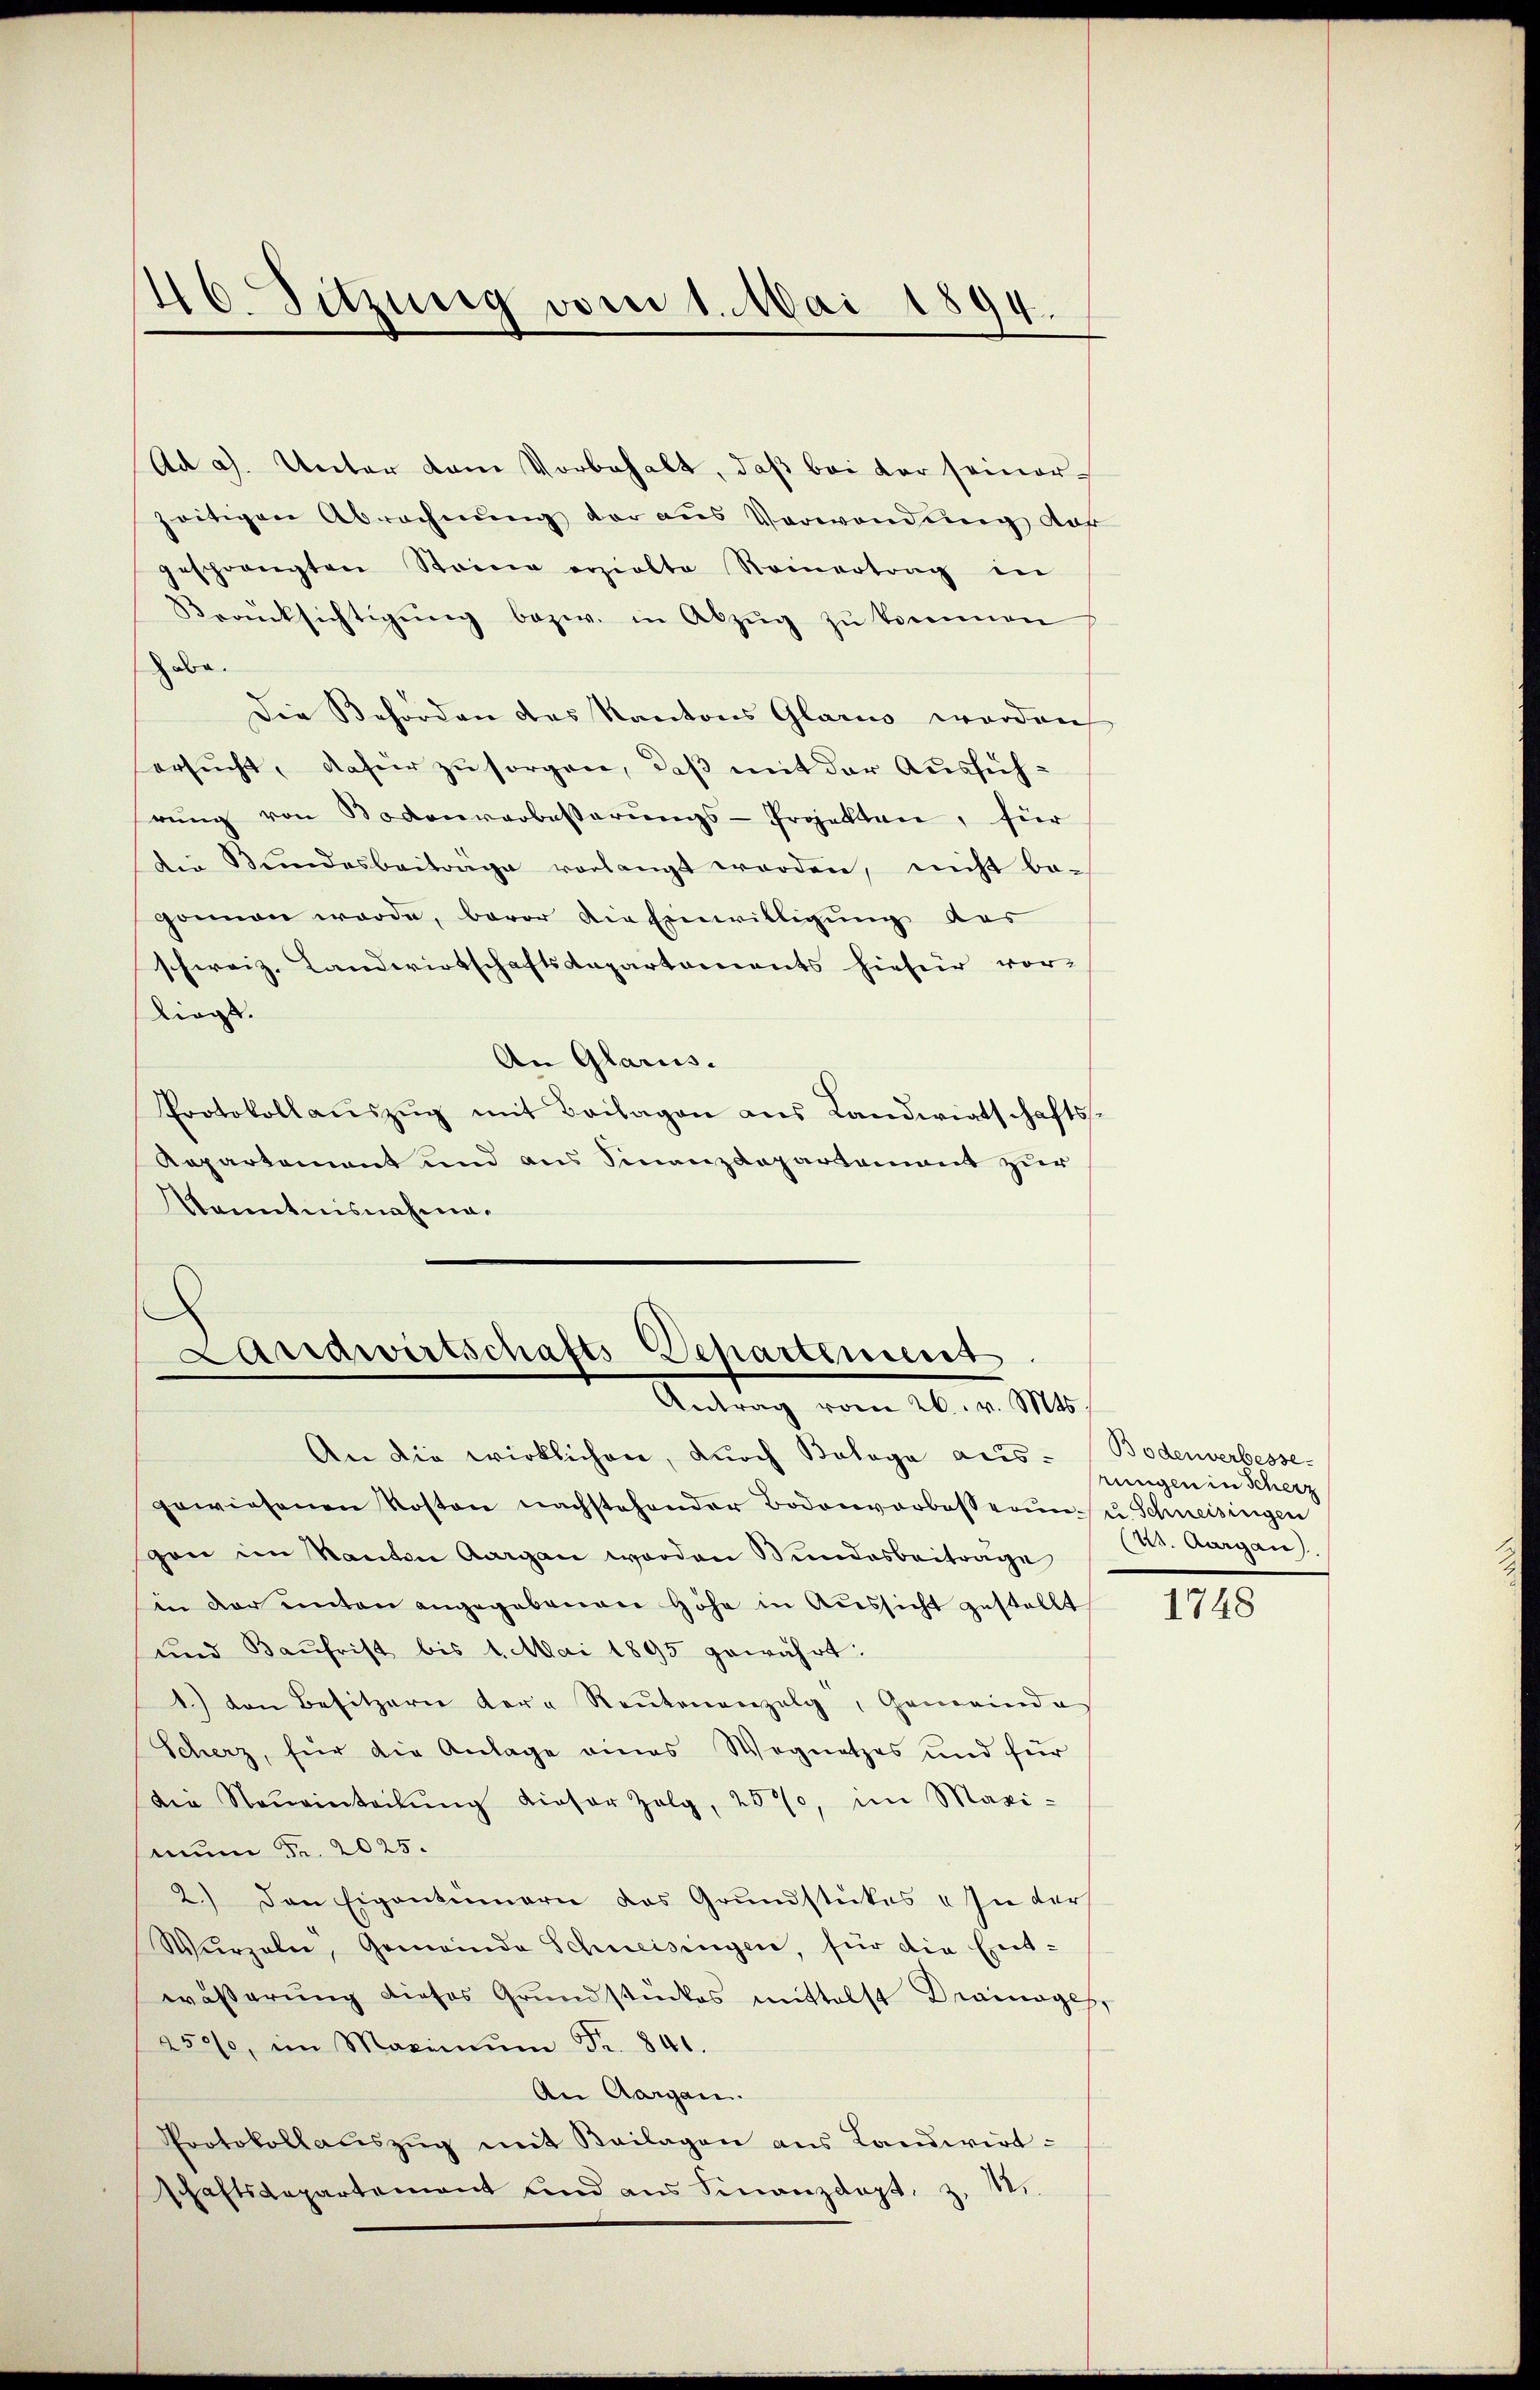
46 Sitzung vom 1. Mai 1894.

Ad a). Unter dem Vorbehalt, daß bei der seiner
zeitigen Abrechnŭng der aus Verwendung auf
geschrängten Steine erzielte Reinertrag in
Berücksichtigŭng bezw. in Abzŭg zŭ kommen
abe.
Die Beforden des Kantons Glarus werden
ersucht, dafür zu sorgen, daß mit der Ausführŭng von Bodenverbesserŭngs-Projekten, für
Die Bŭndesbeiträge verlangt worden, nicht be-
gonnen werde, bevor die Einwilligung der
schweiz. Landwirtschaftsdepartements hiefiir vor-
liegt.
An Glarus.
Protokollaŭszŭg mit Beilagen aus Landwirtschafts-
Aepartement und aus Finanzdepartement zur
Kenntnisnahma¬

Landwirtschafts-Departement
Antrag vom 26. v. Mts.

An die wirklichen, durch Bologa aus- (Bodenverbessegewiesenen Kosten nachstehender Bodenvorbesserung u. Schneisingen
gen im Kanton Aargau worden Sindesbeiträge
hin der unten angegebenen Höhe in Aussicht gestellt
und Baufrist bis 4. Mai 1895 gewährt:
1.) den Besitzern der " Reŭtenanzelg, Gemeinde
Scherz, für die Anlage eines Wegnetzes und für
die Neŭeinteilŭng dieser Zolg, 257, im Maxi-
snum Fr. 2025.
2.) Den Eigentümern das Grundstückes – In der
Wurzeln, Gemeinde Schneisingen, für die Ent-
wässerung dieses Grundstückes mittelst Drainages,
250%, im Maximŭm Fr. 841.
An Aargau.
Protokollaŭszŭg mit Beilagen ans Landwirt-
schaftsdepartement und ans Finanzdapt. Z. 12.

rungen in Scherz
i. Aurgau)

1748